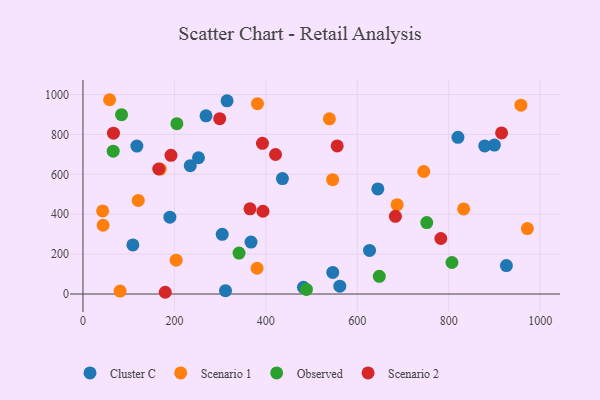
{"axis": {"x": "Engine Size", "y": "Fuel Efficiency"}, "legend": ["Cluster C", "Observed", "Scenario 1", "Scenario 2"], "data": [{"x": "269.2", "y": 893.0, "type": "Cluster C"}, {"x": "252.7", "y": 682.9, "type": "Cluster C"}, {"x": "899.9", "y": 746.4, "type": "Cluster C"}, {"x": "561.8", "y": 39.3, "type": "Cluster C"}, {"x": "820.2", "y": 785.2, "type": "Cluster C"}, {"x": "926.2", "y": 142.8, "type": "Cluster C"}, {"x": "311.8", "y": 16.7, "type": "Cluster C"}, {"x": "315.2", "y": 968.4, "type": "Cluster C"}, {"x": "436.3", "y": 578.7, "type": "Cluster C"}, {"x": "109.2", "y": 245.9, "type": "Cluster C"}, {"x": "117.9", "y": 741.7, "type": "Cluster C"}, {"x": "546.4", "y": 108.2, "type": "Cluster C"}, {"x": "190.1", "y": 385.1, "type": "Cluster C"}, {"x": "626.8", "y": 218.5, "type": "Cluster C"}, {"x": "304.6", "y": 299.0, "type": "Cluster C"}, {"x": "367.6", "y": 260.5, "type": "Cluster C"}, {"x": "878.8", "y": 742.2, "type": "Cluster C"}, {"x": "482.3", "y": 33.5, "type": "Cluster C"}, {"x": "645.0", "y": 526.6, "type": "Cluster C"}, {"x": "234.7", "y": 643.1, "type": "Cluster C"}, {"x": "958.0", "y": 946.5, "type": "Scenario 1"}, {"x": "380.8", "y": 129.2, "type": "Scenario 1"}, {"x": "972.1", "y": 328.0, "type": "Scenario 1"}, {"x": "81.2", "y": 14.9, "type": "Scenario 1"}, {"x": "539.1", "y": 878.1, "type": "Scenario 1"}, {"x": "44.0", "y": 344.7, "type": "Scenario 1"}, {"x": "687.2", "y": 448.0, "type": "Scenario 1"}, {"x": "546.2", "y": 572.9, "type": "Scenario 1"}, {"x": "832.7", "y": 426.5, "type": "Scenario 1"}, {"x": "381.7", "y": 954.0, "type": "Scenario 1"}, {"x": "121.0", "y": 469.1, "type": "Scenario 1"}, {"x": "169.0", "y": 626.4, "type": "Scenario 1"}, {"x": "43.0", "y": 416.6, "type": "Scenario 1"}, {"x": "58.3", "y": 973.8, "type": "Scenario 1"}, {"x": "203.8", "y": 169.8, "type": "Scenario 1"}, {"x": "745.4", "y": 614.2, "type": "Scenario 1"}, {"x": "66.1", "y": 715.7, "type": "Observed"}, {"x": "205.4", "y": 853.6, "type": "Observed"}, {"x": "84.4", "y": 898.7, "type": "Observed"}, {"x": "807.1", "y": 157.9, "type": "Observed"}, {"x": "752.0", "y": 358.0, "type": "Observed"}, {"x": "648.2", "y": 88.6, "type": "Observed"}, {"x": "341.4", "y": 205.3, "type": "Observed"}, {"x": "488.8", "y": 23.0, "type": "Observed"}, {"x": "180.0", "y": 8.8, "type": "Scenario 2"}, {"x": "299.1", "y": 878.9, "type": "Scenario 2"}, {"x": "393.7", "y": 414.8, "type": "Scenario 2"}, {"x": "421.2", "y": 699.2, "type": "Scenario 2"}, {"x": "392.6", "y": 755.2, "type": "Scenario 2"}, {"x": "365.3", "y": 426.9, "type": "Scenario 2"}, {"x": "683.4", "y": 389.3, "type": "Scenario 2"}, {"x": "556.1", "y": 742.4, "type": "Scenario 2"}, {"x": "192.5", "y": 695.2, "type": "Scenario 2"}, {"x": "165.7", "y": 626.6, "type": "Scenario 2"}, {"x": "915.7", "y": 807.6, "type": "Scenario 2"}, {"x": "66.7", "y": 806.4, "type": "Scenario 2"}, {"x": "782.8", "y": 278.2, "type": "Scenario 2"}]}